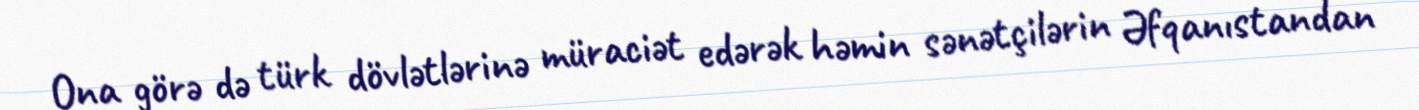
Ona görə də türk dövlətlərinə müraciət edərək həmin sənətçilərin Əfqanıstandan